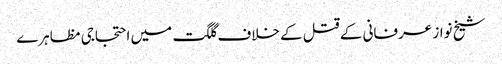
شیخ نواز عرفانی کے قتل کے خلاف گلگت میں احتجاجی مظاہرے